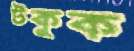
টকুক